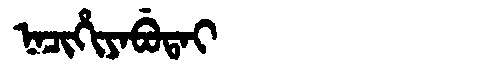
Manchu: ᠨᠠᠴᡳᡥᡳᠶᠠᠪᡠᡨᠠᡳ
Romanization: NACIHIYABUTAI